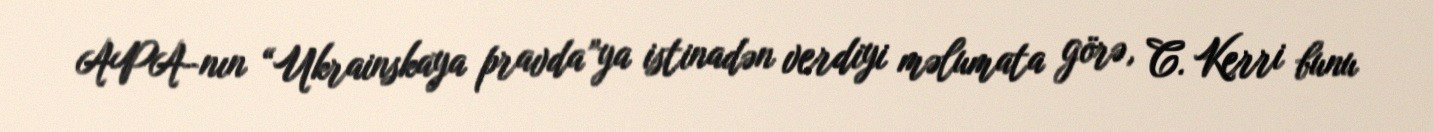
APA-nın “Ukrainskaya pravda”ya istinadən verdiyi məlumata görə, C. Kerri bunu